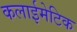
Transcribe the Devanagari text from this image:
कलाईमेटिक